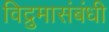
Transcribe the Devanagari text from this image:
विद्रुमासंबंधी